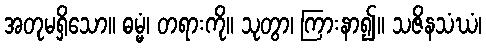
အတုမရှိသော။ ဓမ္မံ၊ တရားကို။ သုတွာ၊ ကြားနာ၍။ သဇိနသံဃံ၊